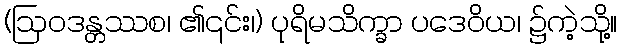
(ဩဝဒန္တဿစ၊ ၏၎င်း၊) ပုရိမသိက္ခာ ပဒေဝိယ၊ ၌ကဲ့သို့။